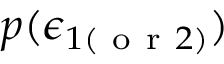
p ( \boldsymbol { \epsilon } _ { 1 ( \mathrm { ~ o ~ r ~ } 2 ) } )